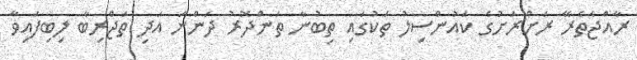
ރާއްޖެތެރޭ ރަށްރަށުގެ ކައުންސިލު ތަކުގައި ތިބުނާ ތަންދޮރު ދަންނަ އަދި ތަޖްރިބާ ލިބިފައިވާ